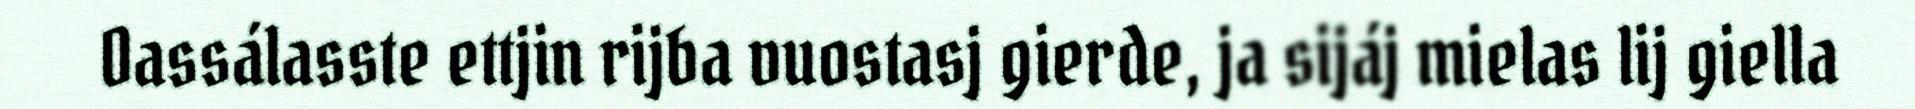
Oassálasste ettjin rijba vuostasj gierde, ja sijáj mielas lij giella